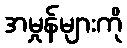
အမှုန်များကို